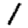
Digit: 1